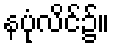
နပုံလိင်၌။